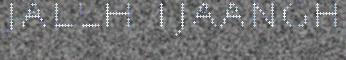
jallh tjaangh